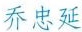
乔忠延